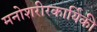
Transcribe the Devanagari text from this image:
मनोशरीरकार्यिकी